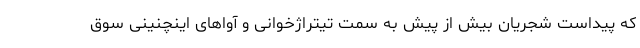
که پیداست شجریان بیش از پیش به سمت تیتراژخوانی و آواهای اینچنینی سوق